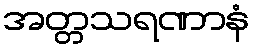
အတ္တသရဏာနံ